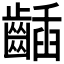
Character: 𪘾